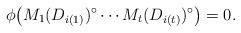
LaTeX: \begin{align*}\phi\big(M_1(D_{i(1)})^\circ\cdots M_t(D_{i(t)})^\circ\big)=0.\end{align*}